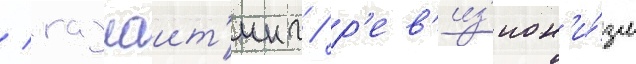
/ газлаит'инг / р'ев'из'ион'и́зм